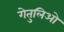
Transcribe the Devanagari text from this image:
गेतुलिओ